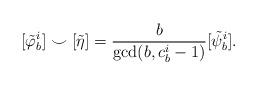
LaTeX: \begin{align*}[\tilde{\varphi}_b^i] \smile [\tilde{\eta}] = \frac{b}{\gcd(b,c_b^i-1)}[\tilde{\psi}_b^i].\end{align*}